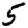
Digit: 5